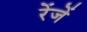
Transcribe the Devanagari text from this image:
रेंजें